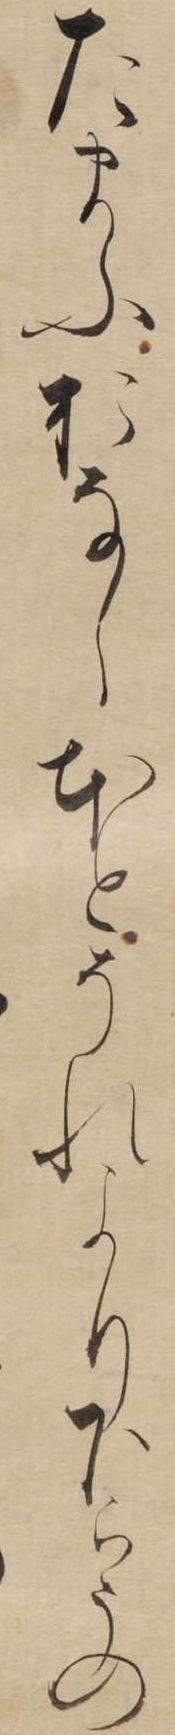
たまふおなしほとそれより下らうの